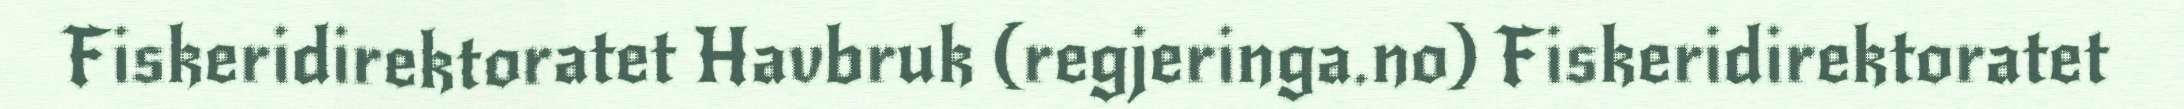
Fiskeridirektoratet Havbruk (regjeringa.no) Fiskeridirektoratet